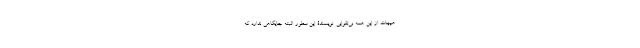
هیهات از این همه بی‌تقوایی. نویسندۀ این سطور البته جایگاهی ندارد که